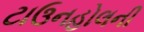
ટાઉનહોલની